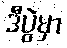
ဒီပွဲမှာ